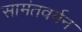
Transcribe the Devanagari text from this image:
सामंतवर्मन